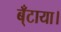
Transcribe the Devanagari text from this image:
ब्ँटाया।